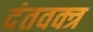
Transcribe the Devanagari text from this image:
दंतवक्त्र